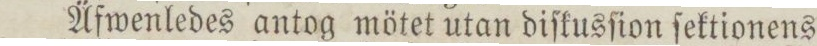
Äfwenledes antog mötet utan diſkusſion ſektionens